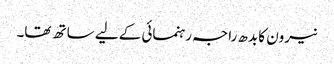
نیرون کا بدھ راجہ رہنمائی کے لیے ساتھ تھا۔